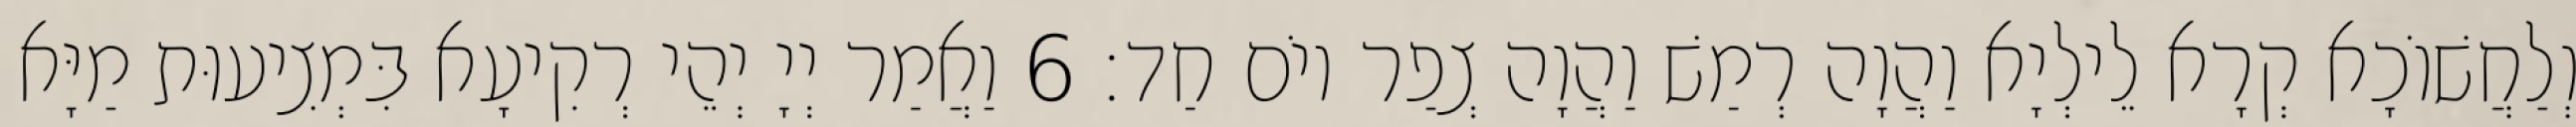
וְלַחֲשׁוֹכָא קְרָא לֵילְיָא וַהֲוָה רְמַשׁ וַהֲוָה צְפַר יוֹם חַד׃ 6 וַאֲמַר יְיָ יְהֵי רְקִיעָא בִּמְצִיעוּת מַיָּא